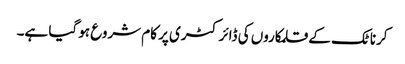
کرناٹک کے قلمکاروں کی ڈائرکٹری پر کام شروع ہو گیا ہے۔